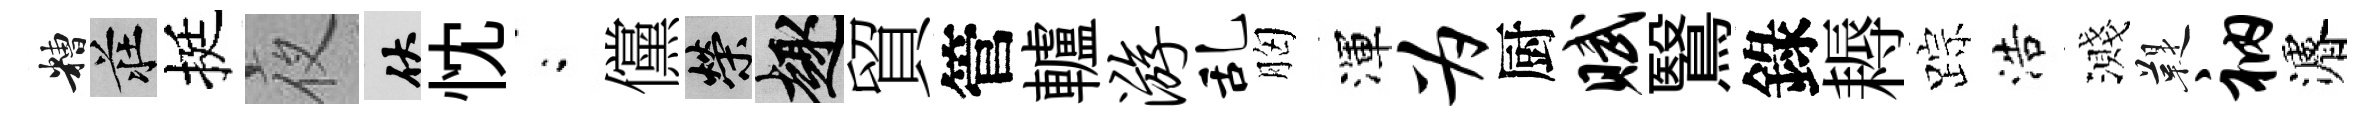
糟莊挺夜伏忱閤儻榮趣貿管轤游乱胸渾为厨赋鷖錄耨踪浩濺鞮衲濬